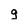
Character: g